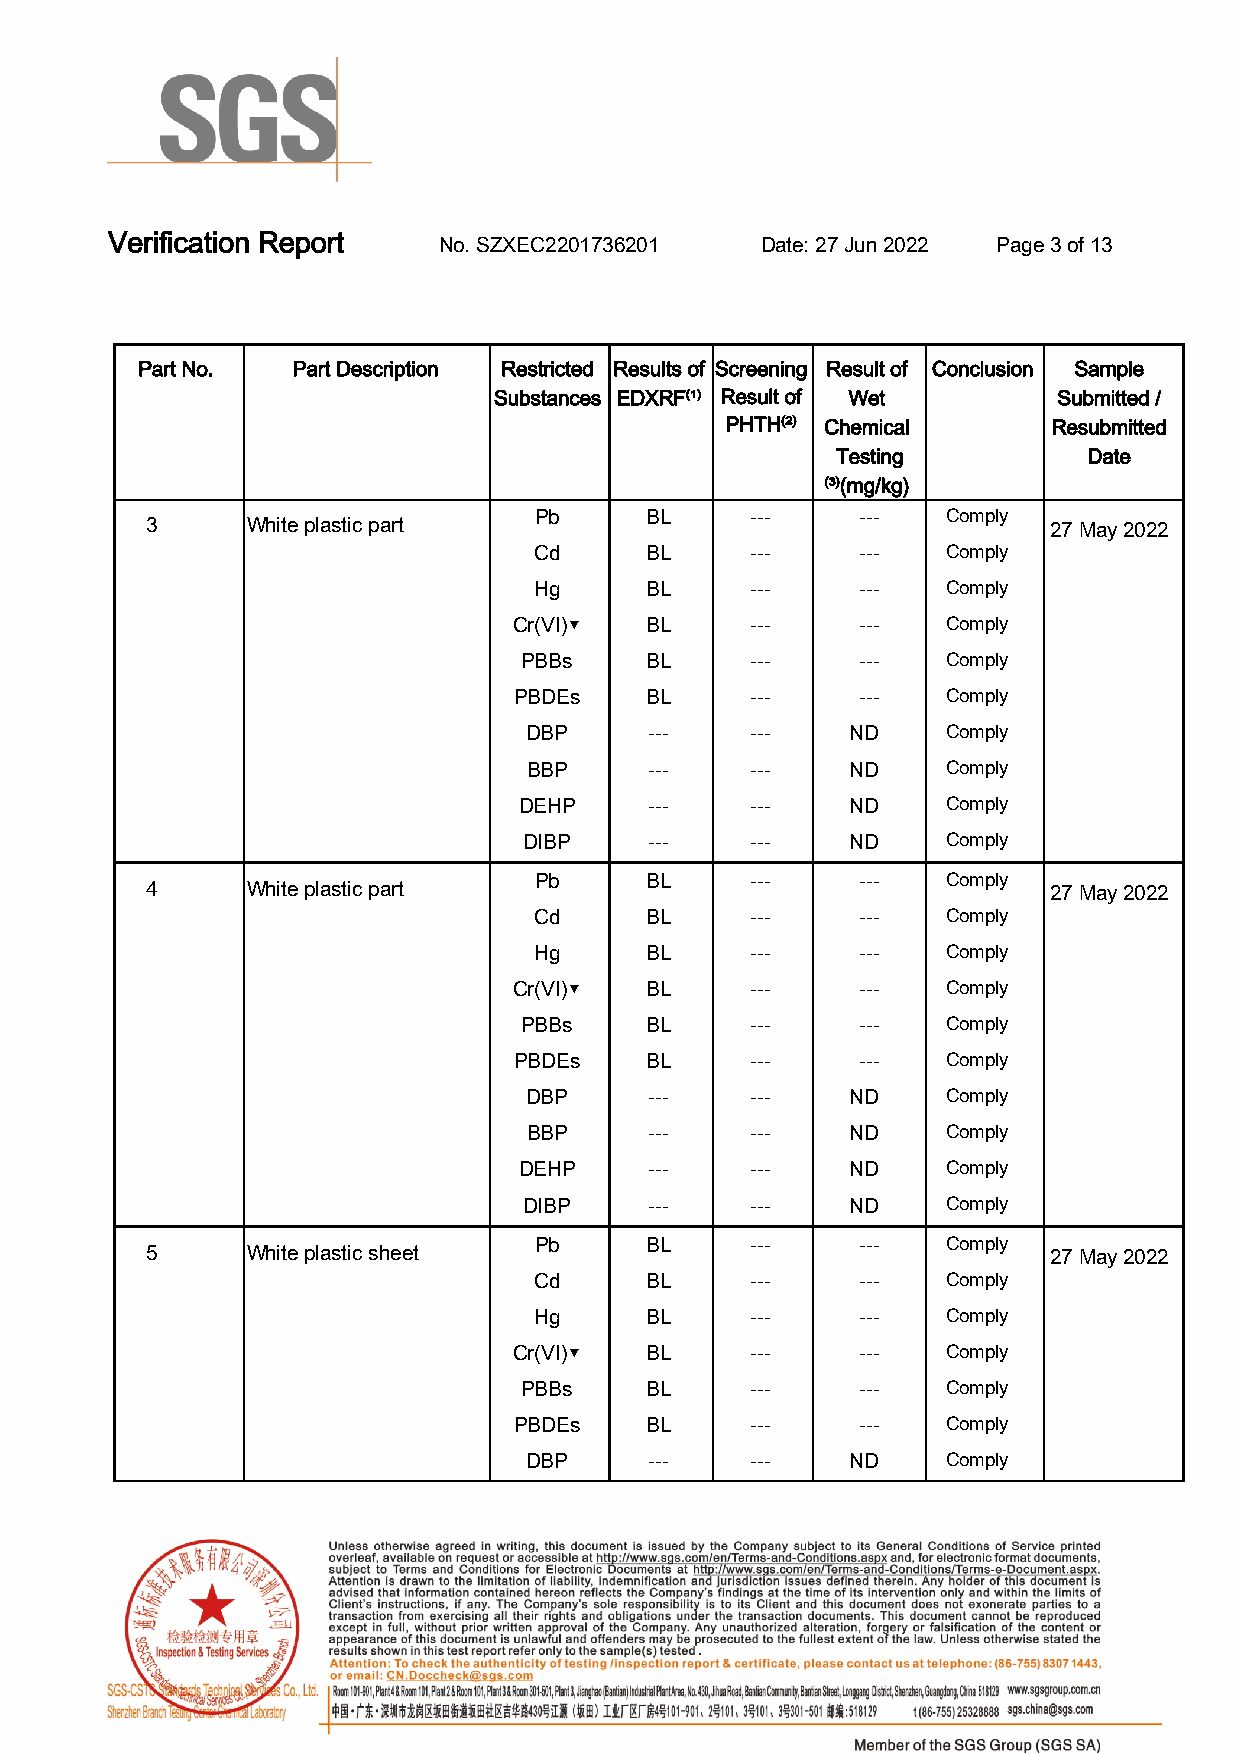
Verification Report.  No. SZXEC2201736201 . Date: 27 Jun 2022. Page 3 of 13.
 Part No.. Part Description. Restricted Results of Screening Result of Conclusion. Sample
 Substances. EDXRF⁽¹⁾. Result of Wet  Submitted /
 PHTH⁽²⁾. Chemical     Resubmitted
 Testing          Date.
 ⁽³⁾(mg/kg).
 Pb.     BL.    ---.   ---   Comply...
 3   . White plastic part.                                  27 May 2022
 Cd.     BL.    ---.   ---   Comply...
 Hg.     BL.    ---.   ---   Comply...
 Cr(VI)▼. BL.    ---.   ---   Comply...
 PBBs.   BL.    ---.   ---   Comply...
 PBDEs.   BL.    ---.   ---   Comply...
 DBP.    ---.   ---.  ND..   Comply...
 BBP.    ---.   ---.  ND..   Comply...
 DEHP.    ---.   ---.  ND..   Comply...
 DIBP.   ---.   ---.  ND..   Comply...
 Pb.     BL.    ---.   ---   Comply...
 4   . White plastic part.                                  27 May 2022
 Cd.     BL.    ---.   ---   Comply...
 Hg.     BL.    ---.   ---   Comply...
 Cr(VI)▼. BL.    ---.   ---   Comply...
 PBBs.   BL.    ---.   ---   Comply...
 PBDEs.   BL.    ---.   ---   Comply...
 DBP.    ---.   ---.  ND..   Comply...
 BBP.    ---.   ---.  ND..   Comply...
 DEHP.    ---.   ---.  ND..   Comply...
 DIBP.   ---.   ---.  ND..   Comply...
 Pb.     BL.    ---.   ---   Comply...
 5   . White plastic sheet.                                 27 May 2022
 Cd.     BL.    ---.   ---   Comply...
 Hg.     BL.    ---.   ---   Comply...
 Cr(VI)▼. BL.    ---.   ---   Comply...
 PBBs.   BL.    ---.   ---   Comply...
 PBDEs.   BL.    ---.   ---   Comply...
 DBP.    ---.   ---.  ND..   Comply...